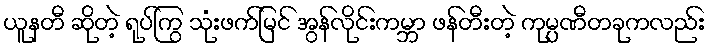
ယူနတီ ဆိုတဲ့ ရုပ်ကြွ သုံးဖက်မြင် အွန်လိုင်းကမ္ဘာ ဖန်တီးတဲ့ ကုမ္ပဏီတခုကလည်း